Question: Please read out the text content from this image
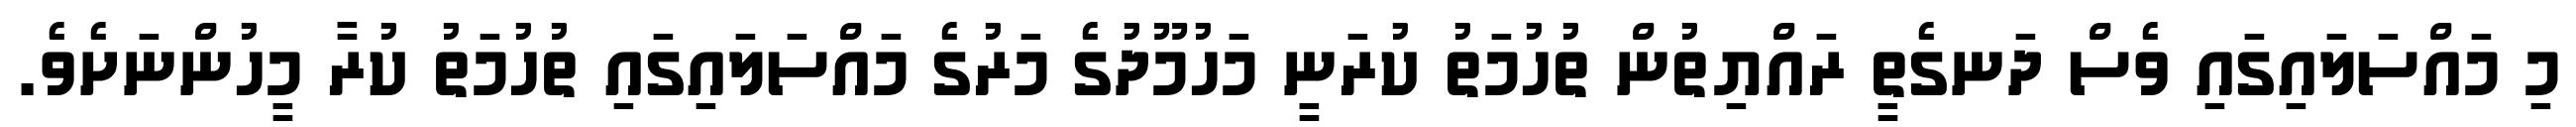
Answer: މި މައްސަލައިގައި ވެސް ދަނގެތީ ރައްޔިތުން ތުހުމަތު ކުރަނީ މަހުމޫދުގެ މަރުގެ މައްސަލައިގައި ތުހުމަތު ކުރާ މީހުންނަށެވެ.